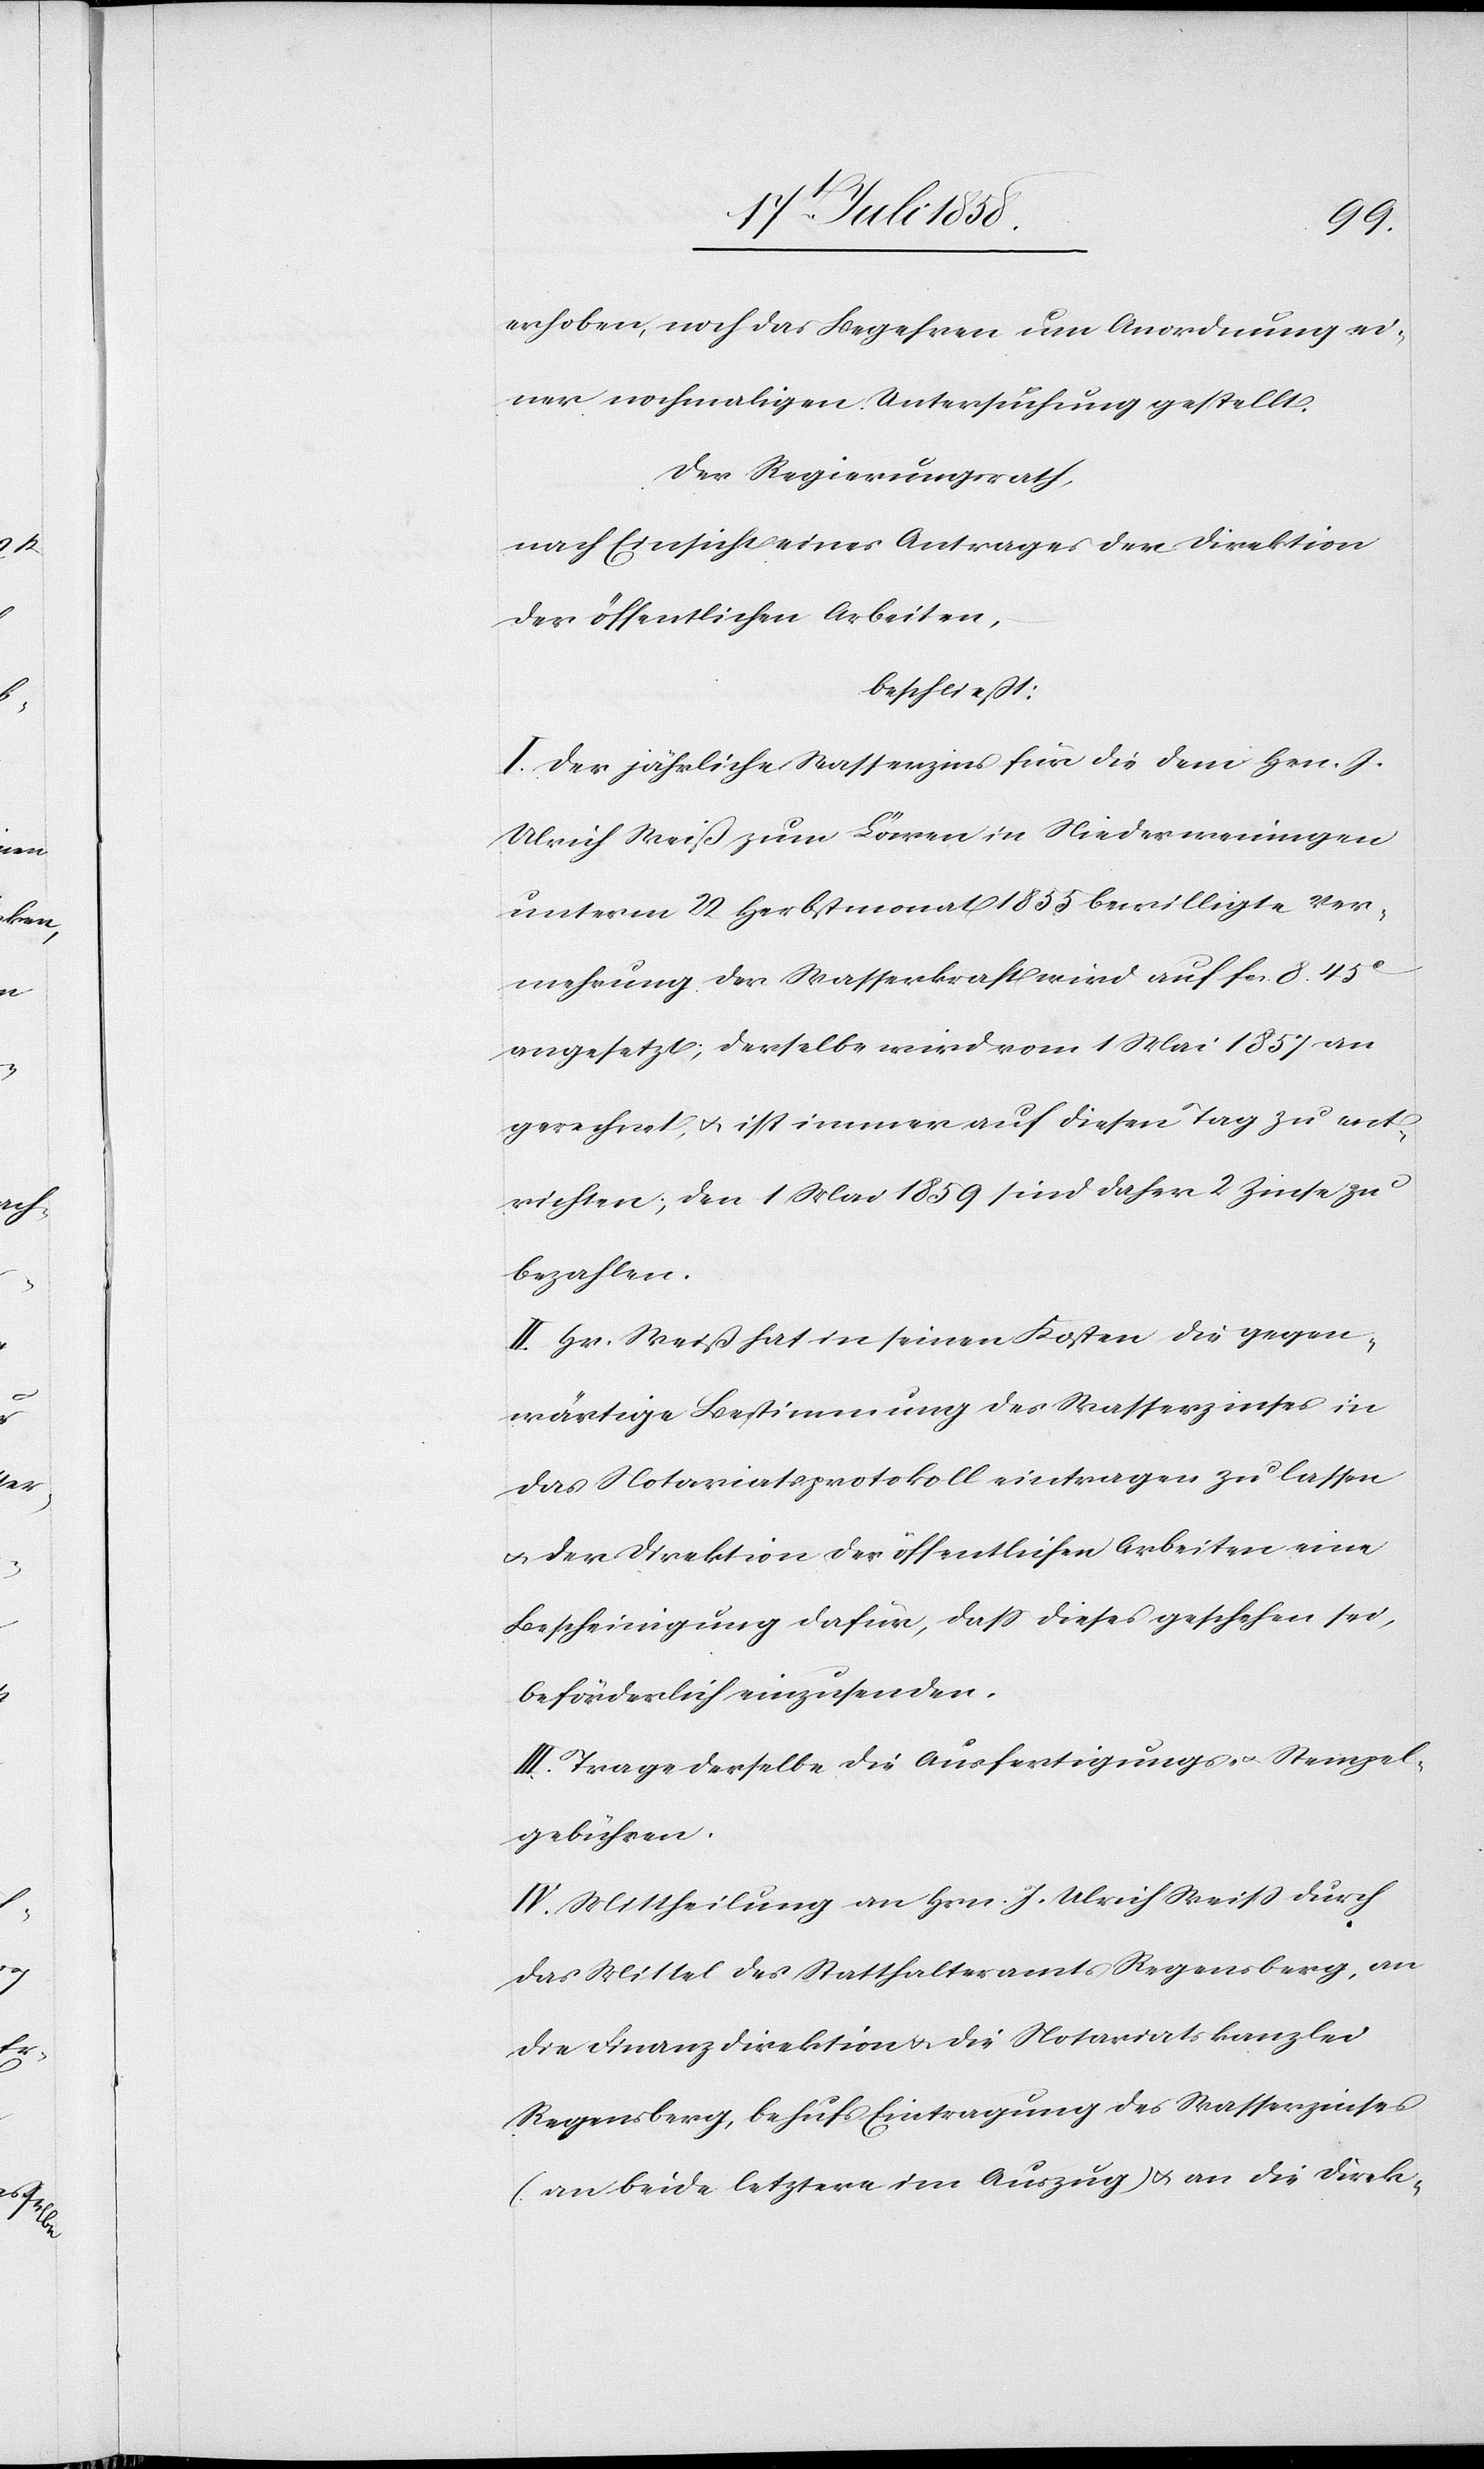
erhoben, noch das Begehren um Anordnung ei¬
ner nochmaligen Untersuchung gestellt.
Der Regierungsrath,
nach Einsicht eines Antrages der Direktion
der öffentlichen Arbeiten,
beschließt:
I. Der jährliche Wasserzins für die dem Hrn. J.
Ulrich Weiß zum Löwen in Niederweningen
unterm 22 Herbstmonat 1855 bewilligte Ver¬
mehrung der Wasserkraft wird auf Fcs. 8. 45C
angesetzt; derselbe wird vom 1 Mai 1857 an
gerechnet, & ist immer auf diesen Tag zu ent¬
richten; den 1 Mai 1859 sind daher 2 Zinse zu
bezahlen.
II. Hr. Weiß hat in seinen Kosten die gegen¬
wärtige Bestimmung des Wasserzinses in
das Notariatsprotokoll eintragen zu lassen
& der Direktion der öffentlichen Arbeiten eine
Bescheinigung dafür, dass dieses geschehen sei,
beförderlich einzusenden.
III. Trage derselbe die Ausfertigungs- & Stempel¬
gebühren.
IV. Mittheilung an Hrn. J. Ulrich Weiss durch
das Mittel des Statthalteramts Regensberg, an
die Finanzdirektion & die Notariatskanzlei
Regensberg, behufs Eintragung des Wasserzinses
(an beide letztere im Auszug) & an die Direk-